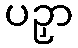
ပဉှာ